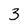
Character: 3